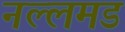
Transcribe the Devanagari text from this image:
नल्लमड